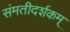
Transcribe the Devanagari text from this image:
संमतीदर्शकम्